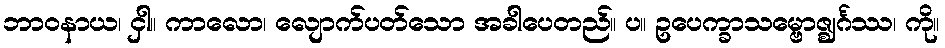
ဘာဝနာယ၊ ငှါ။ ကာလော၊ လျောက်ပတ်သော အခါပေတည်။ ပ။ ဥပေက္ခာသမ္ဗောဇ္ဈင်္ဂဿ၊ ကို။